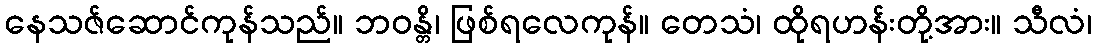
နေသဇ်ဆောင်ကုန်သည်။ ဘဝန္တိ၊ ဖြစ်ရလေကုန်။ တေသံ၊ ထိုရဟန်းတို့အား။ သီလံ၊